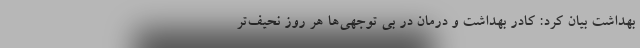
بهداشت بیان کرد: کادر بهداشت و درمان در بی توجهی‌ها هر روز نحیف‌تر